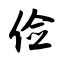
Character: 俭